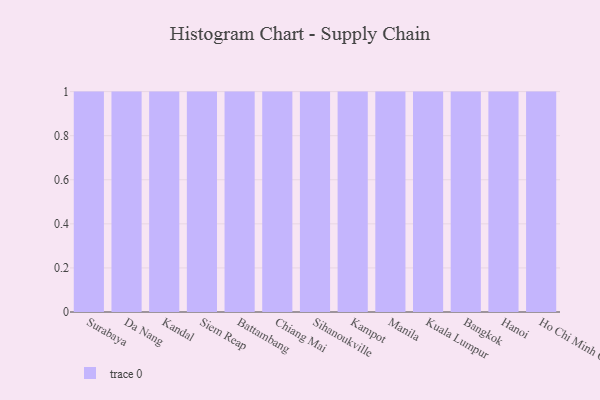
{"axis": {"x": "City", "y": "Backlog"}, "legend": [""], "data": [{"x": "Surabaya", "y": 70, "type": ""}, {"x": "Da Nang", "y": 11, "type": ""}, {"x": "Kandal", "y": 87, "type": ""}, {"x": "Siem Reap", "y": 94, "type": ""}, {"x": "Battambang", "y": 69, "type": ""}, {"x": "Chiang Mai", "y": 65, "type": ""}, {"x": "Sihanoukville", "y": 11, "type": ""}, {"x": "Kampot", "y": 66, "type": ""}, {"x": "Manila", "y": 100, "type": ""}, {"x": "Kuala Lumpur", "y": 73, "type": ""}, {"x": "Bangkok", "y": 49, "type": ""}, {"x": "Hanoi", "y": 3, "type": ""}, {"x": "Ho Chi Minh City", "y": 70, "type": ""}]}